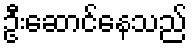
ဦးဆောင်နေသည်